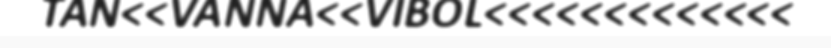
TAN<<VANNA<<VIBOL<<<<<<<<<<<<<